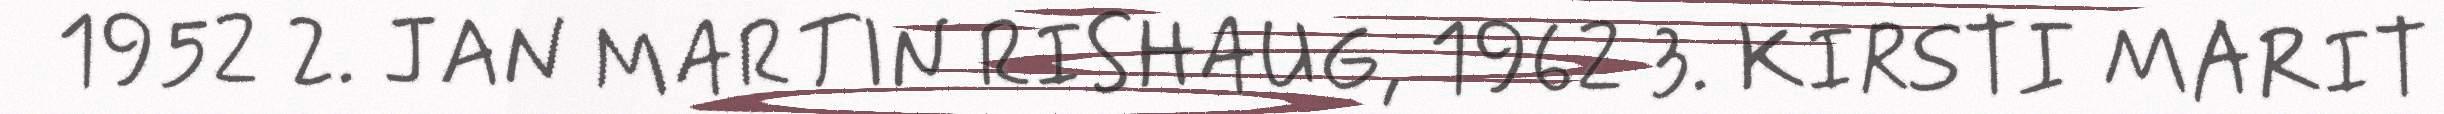
1952 2. JAN MARTIN RISHAUG, 1962 3. KIRSTI MARIT